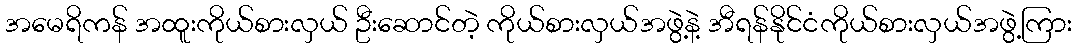
အမေရိကန် အထူးကိုယ်စားလှယ် ဦးဆောင်တဲ့ ကိုယ်စားလှယ်အဖွဲ့နဲ့ အီရန်နိုင်ငံကိုယ်စားလှယ်အဖွဲ့ကြား